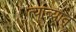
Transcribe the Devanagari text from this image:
त्याब्यात